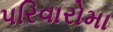
પરિવારોમા